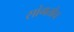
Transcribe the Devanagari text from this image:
सांगतोच